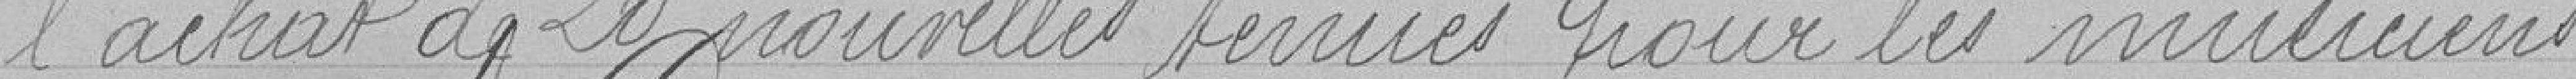
l'achat de 20 nouvelles tenues pour les musiciens.